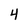
Character: 4